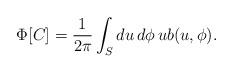
LaTeX: \begin{align*}\Phi[C]=\frac{1}{2\pi}\int_S du\,d\phi\, ub(u,\phi).\end{align*}